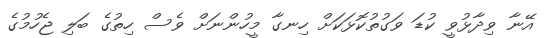
އޭނާ ވިދާޅުވީ ކުޑަ ވަގުތުކޮޅަކަށް ހިނގާ މީހުންނަށް ވެސް ހިތުގެ ބަލި ޖެހުމުގެ